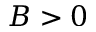
B > 0